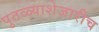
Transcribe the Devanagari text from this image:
पुतळ्याशेजारीच